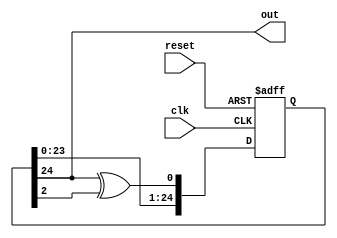
//m
// f(x) = x^25 + x^3 + 1
module m_sequence (
	input clk,
	input reset,
	output wire out //
);

reg[24:0] shift; //25
wire C0;

assign C0 = shift[24]^shift[2]; //
assign out = shift[24];

always @(posedge clk or negedge reset)
if(~reset)
	shift[24:0] <= 25'b0110101000101101011100101;
else 
	shift[24:0] <= {shift[23:0],C0};

endmodule